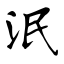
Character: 泯